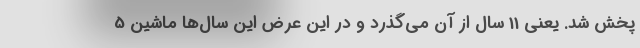
پخش شد. یعنی 11 سال از آن می‌گذرد و در این عرض این سال‌ها ماشین 5